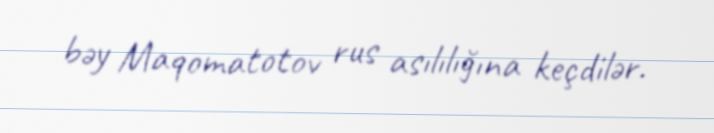
bəy Maqomatotov rus asılılığına keçdilər.